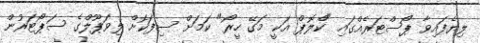
ލިޔެފައިވާ ޕޯސްޓަރެއްގައި "ކްލޮޕް އަކީ މަގޭ ހީރޯ" ކަމަށް ސިފަކޮށް ލިވަޕޫލްގެ ސަޕޯޓަރުން